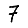
Digit: 7